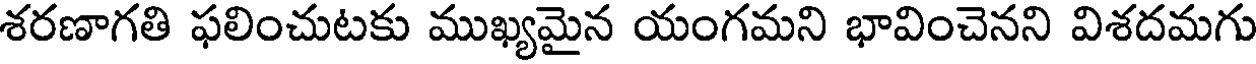
శరణాగతి ఫలించుటకు ముఖ్యమైన యంగమని భావించెనని విశదమగు